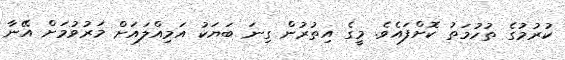
ކުރުމުގެ ތުހުމަތު ކޮށްފައެވެ. މީގެ އިތުރުން ގިނަ ބަޔަކު އަމިއްލައަށް މަރުވުމަށް އޭނާ